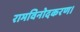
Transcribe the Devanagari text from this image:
रामविनोदकरण।